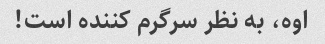
اوه، به نظر سرگرم کننده است!